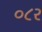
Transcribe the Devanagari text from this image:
०८२